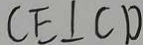
C E \bot C D